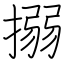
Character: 搦